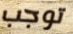
توجب